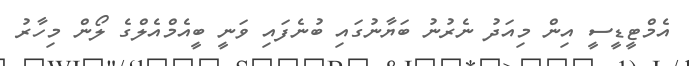
އެމްޓީޑީސީ އިން މިއަދު ނެރުނު ބަޔާނުގައި ބުނެފައި ވަނީ ބީއެމްއެލްގެ ލޯން މިހާރު